Medical and sanitary report of the native army of Bengal for the year
Year: 1878
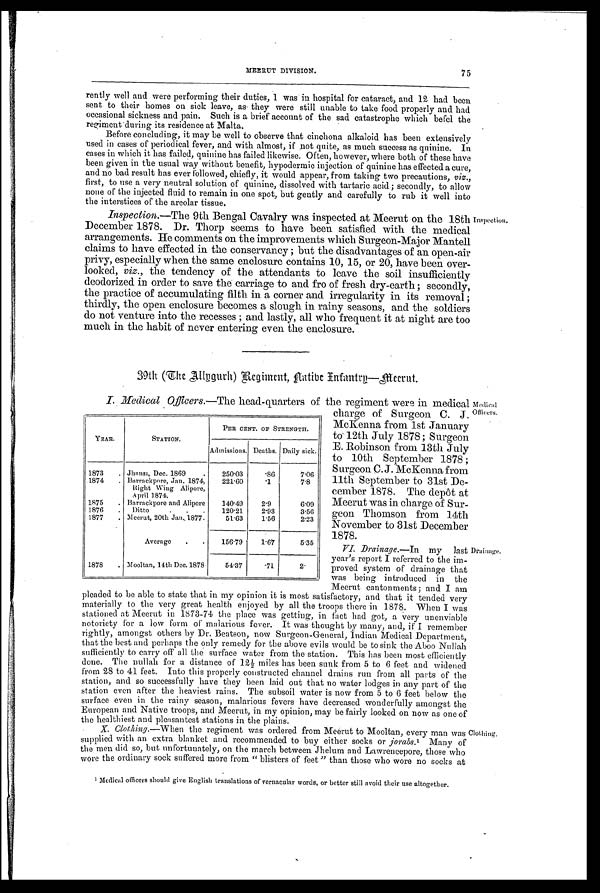
MEERUT DIVISION.
75
rently well and were performing their duties, I was in hospital for cataract, and 12 had been
sent to their homes on sick leave, as they were still unable to take food properly and had
occasional sickness and pain. Such is a brief account of the sad catastrophe which befel the
regiment during its residence at Malta.
Before concluding, it may be well to observe that cinchona alkaloid has been extensively
used in cases of periodical fever, and with almost, if not quite, as much success as quinine. In
cases in which it has failed, quinine has failed likewise. Often, however, where both of these have
been given in the usual way without benefit, hypodermic injection of quinine has effected a cure,
and no bad result has ever followed, chiefly, it would appear, from taking two precautions, viz.,
first, to use a very neutral solution of quinine, dissolved with tartaric acid ; secondly, to allow
none of the injected fluid to remain in one spot, but gently and carefully to rub it well into
the interstices of the areolar tissue.
Inspection.—The 9th Bengal Cavalry was inspected at Meerut on the 18th
December 1878. Dr. Thorp seems to have been satisfied with the medical
arrangements. He comments on the improvements which Surgeon-Major Mantell
claims to have effected in the conservancy ; but the disadvantages of an open-air
privy, especially when the same enclosure contains 10, 15, or 20, have been over-
looked, viz., the tendency of the attendants to leave the soil insufficiently
deodorized in order to save the carriage to and fro of fresh dry-earth ; secondly,
the practice of accumulating filth in a corner and irregularity in its removal ;
thirdly, the open enclosure becomes a slough in rainy seasons, and the soldiers
do not venture into the recesses ; and lastly, all who frequent it at night are too
much in the habit of never entering even the enclosure.
Inspection.
39th (The Allygurh) Regiment, Native Infantry—Meerut.
I. Medical Officers. —The head-quarters of the regiment were in medical
Offcer's.
YEAR.
STATION.
PER CENT. OF STRENGTH.
Admissions. Deaths. Daily sick.
1873
. Jhansi, Dec. 1869
.
250.03
.86
7.06
1874
. Barrackpore, Jan. 1874,
Right Wing Alipore,
A pril 1871.
221.60
.1
7.8
1875
. Barrackpore and Alipore
140.49
2.9
6.09
1876
.
Ditto
.
.
.
120.21
2.93
3.56
1877
. Meerut, 20th Jan, 1877.
51.63
1.56
2.23
Average
.
.
156.79
1.67
5.35
1878
. Mooltan, 14th Dec. 1878
54.37
.71
2.
charge of Surgeon C. J.
McKenna from 1st January
to 12th July 1878 ; Surgeon
E. Robinson from 13th July
to 10th September 1878 ;
Surgeon C. J. McKenna from
11th September to 31st De-
cember 1878. The depot at
Meerut was in charge of Sur-
geon Thomson from 14th
November to 31st December
1878.
VI. Drainage. —In my last
year's report I referred to the im-
proved system of drainage that
was being introduced in the
Meerut cantonments ; and I am
Drainage.
pleaded to be able to state that in my opinion it is most satisfactory, and that it tended very
materially to the very great health enjoyed by all the troops there in 1878. When I was
stationed at Meerut in 1873–74 the place was getting, in fact had got, a very unenviable
notoriety for a low form of malarious fever. It was thought by many, and, if' I remember
rightly, amongst others by Dr. Beatson, now Surgeon-General, Indian Medical Department,
that the best and perhaps the only remedy for the above evils would be to sink the Aboo Nullah
sufficiently to carry off all the surface water from the station. This has been most efficiently
done. The nullah for a distance of 12½ miles has been sunk from 5 to 6 feet and widened
from 28 to 41 feet. Into this properly constructed channel drains run from all parts of the
station, and so successfully have they been laid out that no water lodges in any part of the
station even after the heaviest rains. The subsoil water is now from 5 to 6 feet below the
surface even in the rainy season, malarious fevers have decreased wonderfully amongst the
European and Native troops, and Meerut, in my opinion, may be fairly looked on now as one of
the healthiest and pleasantest stations in the plains.
X. Clothing. —When the regiment was ordered from Meerut to Mooltan, every man was
supplied with an extra blanket and recommended to buy either socks or jorabs.1 M a n y o f
the men did so, but unfortunately, on the march between Jhelum and Lawrencepore, those who
wore the ordinary sock suffered more from " blisters of' feet " than those who wore no socks at
1 Medical officers should give English translations of' vernacular words, or better still avoid their use altogether.
Clothing.